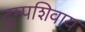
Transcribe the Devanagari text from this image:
ट्रम्पशिवाय